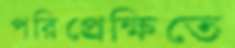
পরিপ্র্রেক্ষিতে